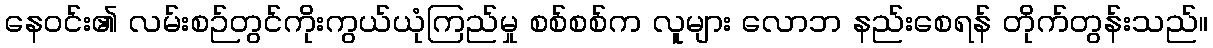
နေဝင်း၏ လမ်းစဉ်တွင်ကိုးကွယ်ယုံကြည်မှု စစ်စစ်က လူများ လောဘ နည်းစေရန် တိုက်တွန်းသည်။